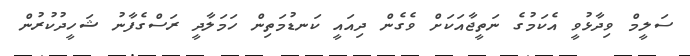
ސަލީމް ވިދާޅުވީ އެކަމުގެ ނަތީޖާއަކަށް ވެގެން ދިއައީ ކަނޑުމަތިން ހަމަލާދީ ރަސްގެފާނު ޝަހީދުކުރުން